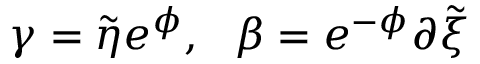
\gamma = { \tilde { \eta } } e ^ { \phi } , ~ ~ \beta = e ^ { - \phi } \partial { \tilde { \xi } }